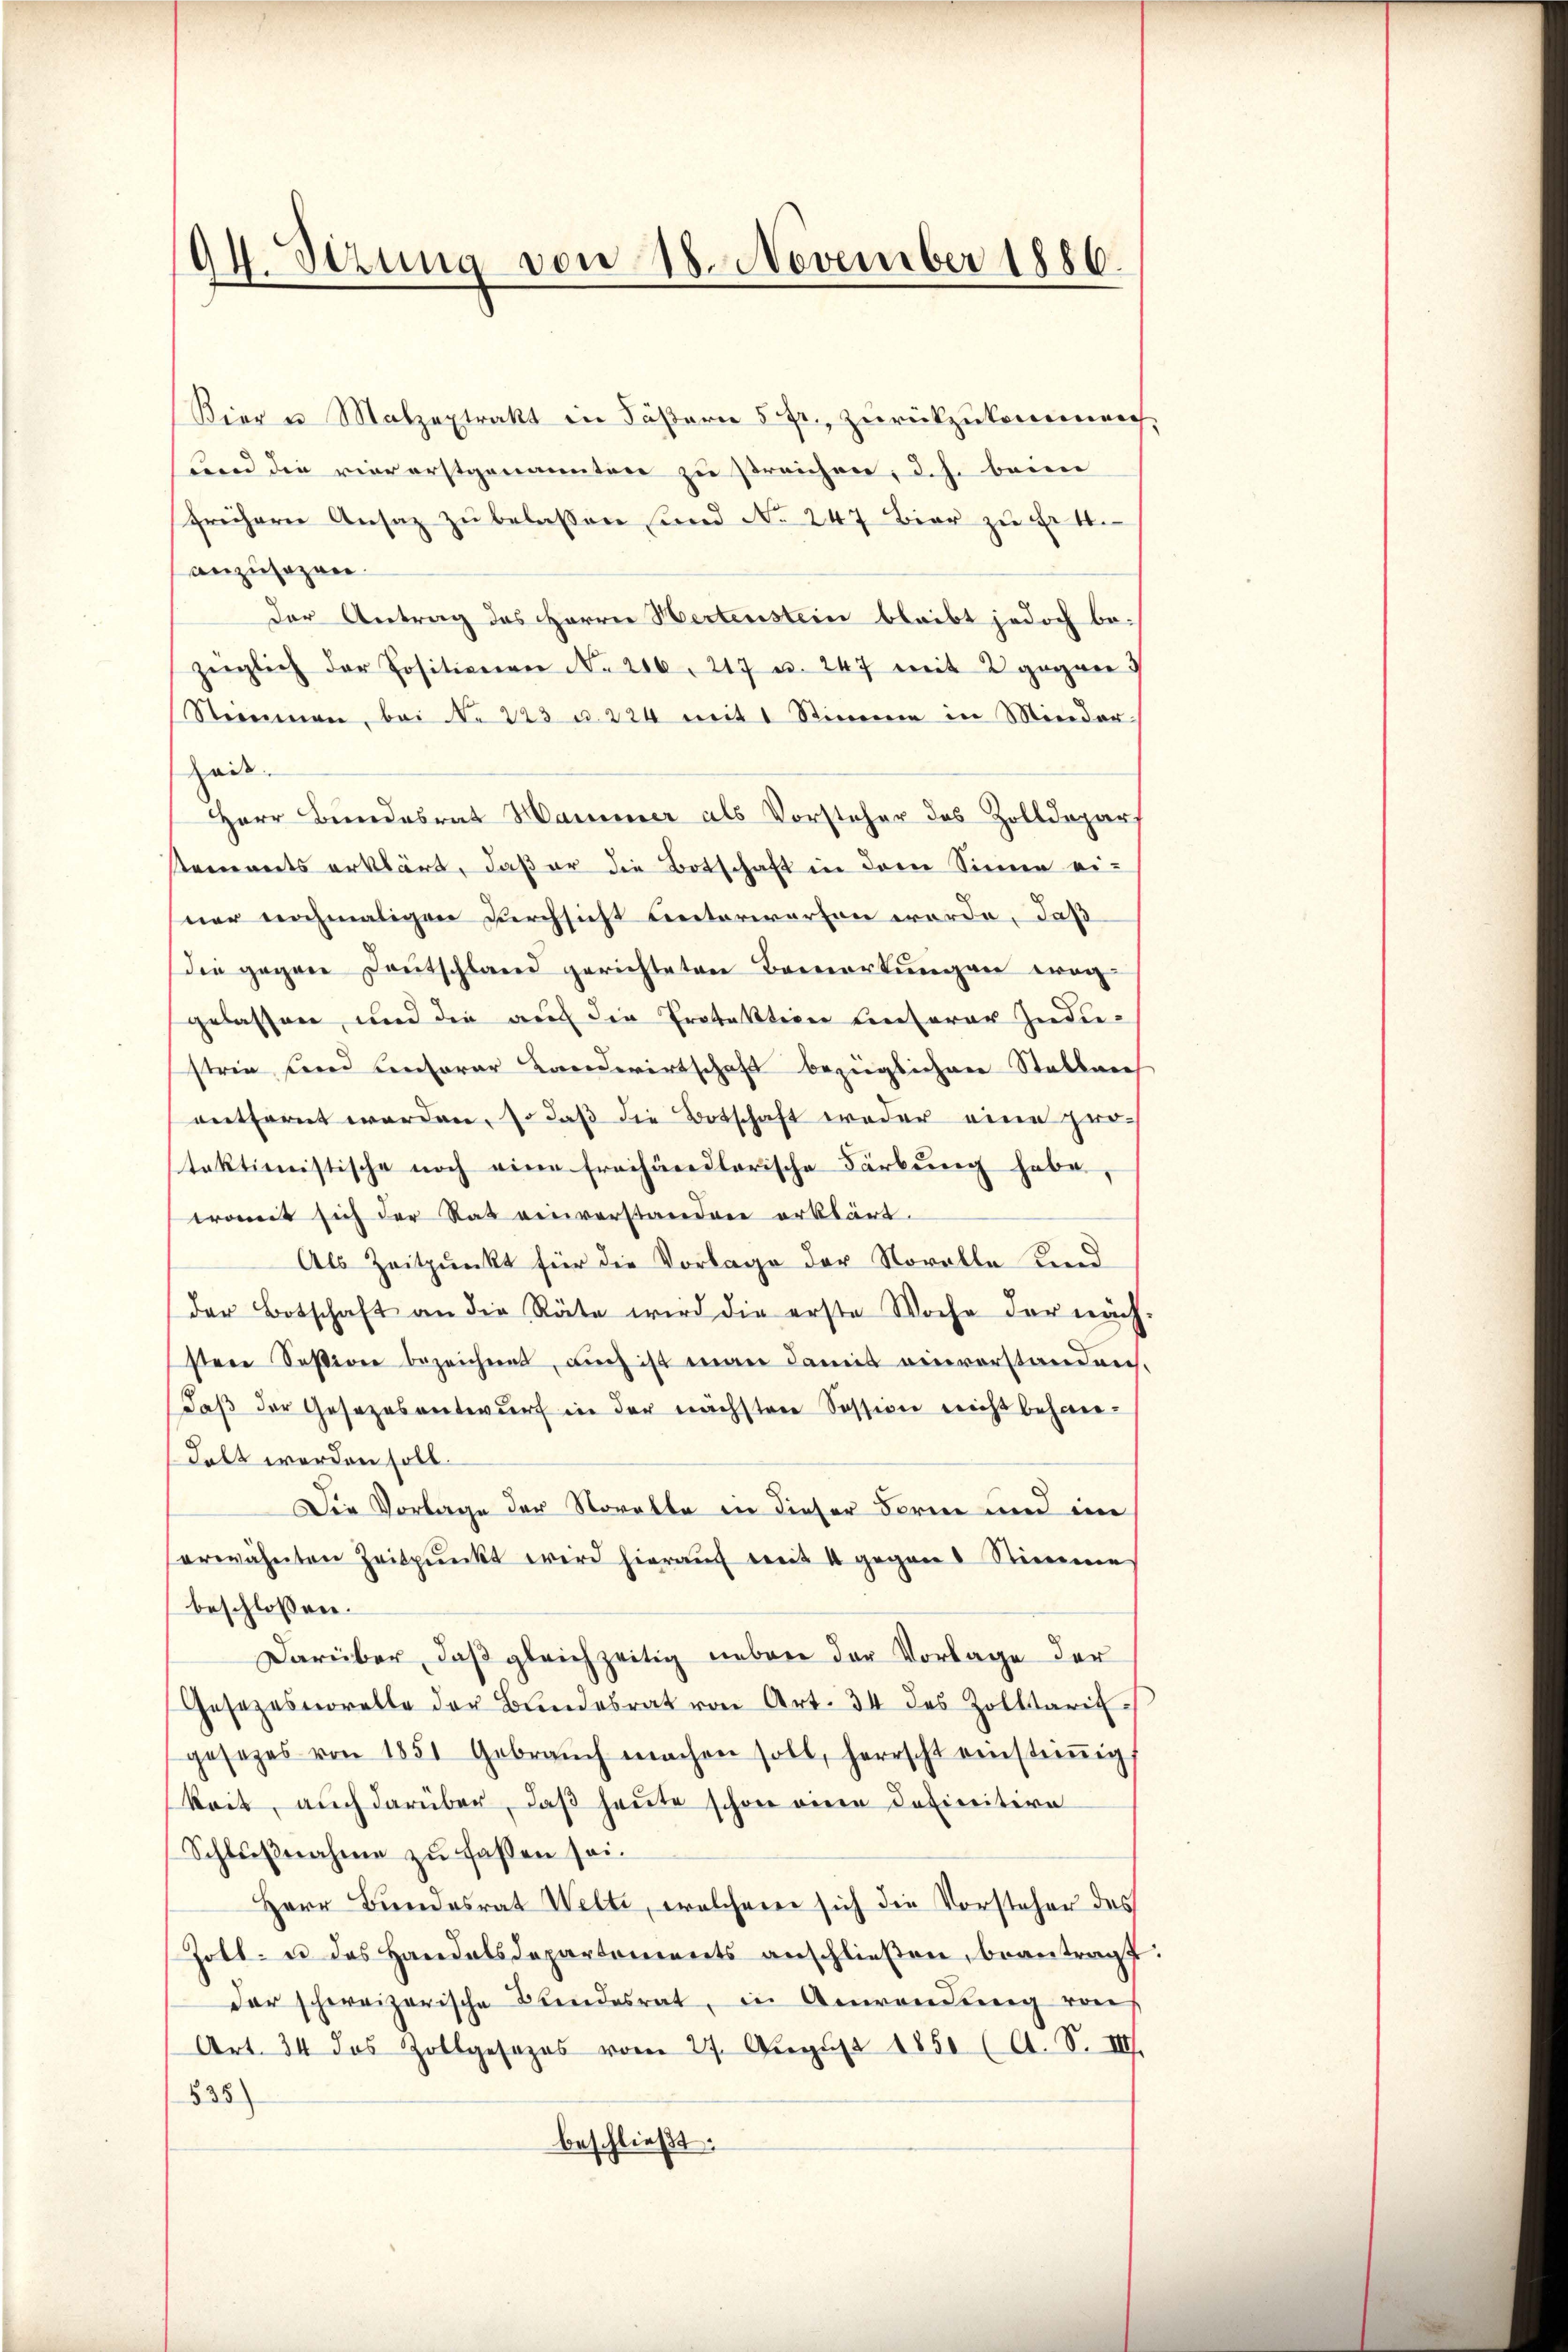
94. Sizung von 18. November 1886.

Bier u Malzextrakt in Fäßern 5 fr., zurückzukommen,
Land die vier erstgenannten zu streichen, d. h. beim
frühern Ansatz zu belassen sind No 247 Bier zu Ert
anzusagen.
der Antrag des Herrn Hertenstein bleibt jedoch bezüglich der Positionen No. 206. 217 u. 247 mit 2 gegen d
Steinmen, bei No 223 u. 224 mit 1 Stimme in Minder-
Zeis
Herr Bundesrat Hammer als Vorsteher des Zolldepar
Rennerts erklärt, daß er die Botschaft in dem Sinne ei-
ner nochmaligen Durchsicht unterworfen werde, daß
die gegen Deutschland gerichteten Bemerkungen erog
gelassen, und die auf die Protektion unserer Indistria Fried Conferer Landwirtschaft bezüglichen Stellen
entfernt werden, so daß die Botschaft weder eine protaktionistische noch eine Freihändlerische Färbung habe,
tromit sich der Rat einverstanden erklärt.
Als Zeitpunkt für die Vorlage der Novelle Kind
der Botschaft an die Räte wird die erste Woche der näch-
stere Session bezeichnet, aŭch ist man damit einverstanden.
daβ der Gesezesentwŭrf in der nächsten Session nicht behan-
Lebt werden soll.
Die Vorlage der Storalte in dieser Form und im
erwähnten Zeitpunkt wird hieraŭf weit 4 gegen Stimme
beschlossen:
Darüber, daß gleichzeitig neben der Vorlage der
Gesezessorelle der Bŭndesrat von Art. 34 des Zolltarif-
gesezes von 1851 Gebraŭch machen soll, herrscht einstiṁig
keit, auch darüber, daβ heute schon einen Definitive
Schlußnahme zu fassen sei.
Herr Bundesrat Welti, welchem sich die Vorsteher des
Tott. u des Handelsdepartements anschlieβen, beantragt.
der schweizerische Bundesrat, in Anwendung raus
Art. 34 das Zollgesezes vom 27. Aŭgŭst 1850 (A. S. III.
535)
beschließt: